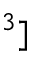
^ 3 ]